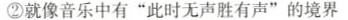
②就像音乐中有“此时无声胜有声”的境界